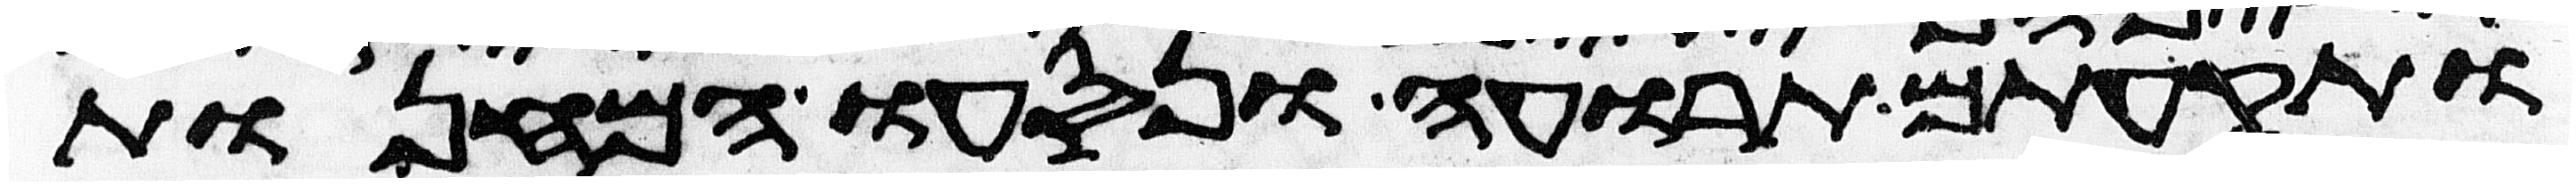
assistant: ותקעתם תרועה ונסעו המחנות